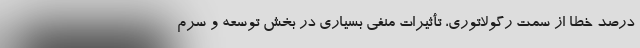
درصد خطا از سمت رگولاتوری، تأثیرات منفی بسیاری در بخش توسعه و سرم